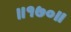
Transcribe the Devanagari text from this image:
॥१७०॥